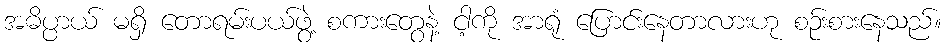
အဓိပ္ပာယ် မရှိ တောရမ်းပယ်ဖွဲ့ စကားတွေနဲ့ ငါ့ကို အာရုံ ပြောင်းနေတာလားဟု စဉ်းစားနေသည်။